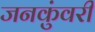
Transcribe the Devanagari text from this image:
जनकुंवरी